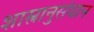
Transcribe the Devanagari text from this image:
शास्त्रानुसंधान